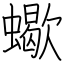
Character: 蠍